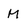
Character: M